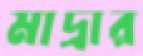
মাদ্রার